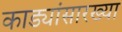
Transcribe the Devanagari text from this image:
काड्यांसारख्या